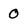
Character: 0